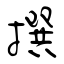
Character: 撰